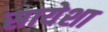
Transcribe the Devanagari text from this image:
सायेशा